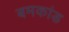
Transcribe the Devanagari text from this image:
बमकांड